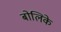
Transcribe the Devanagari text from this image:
बोलिके